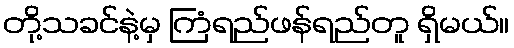
တို့သခင်နဲ့မှ ကြံရည်ဖန်ရည်တူ ရှိမယ်။